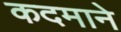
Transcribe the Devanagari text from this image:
कदमाने